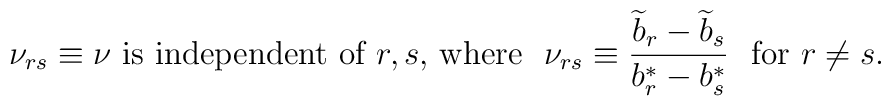
\mbox{$\nu_{rs}\equiv\nu$ is independent of $r,s$, where}~~ \nu_{rs}\equiv{{\widetilde b}_r-{\widetilde b}_s\over b^*_r-b^*_s}~~ \mbox{for $r\not=s$.}